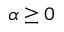
\alpha \ge 0